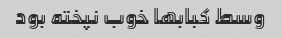
وسط کبابها خوب نپخته بود